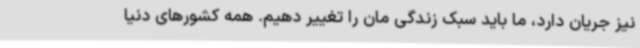
نیز جریان دارد، ما باید سبک زندگی مان را تغییر دهیم. همه کشورهای دنیا